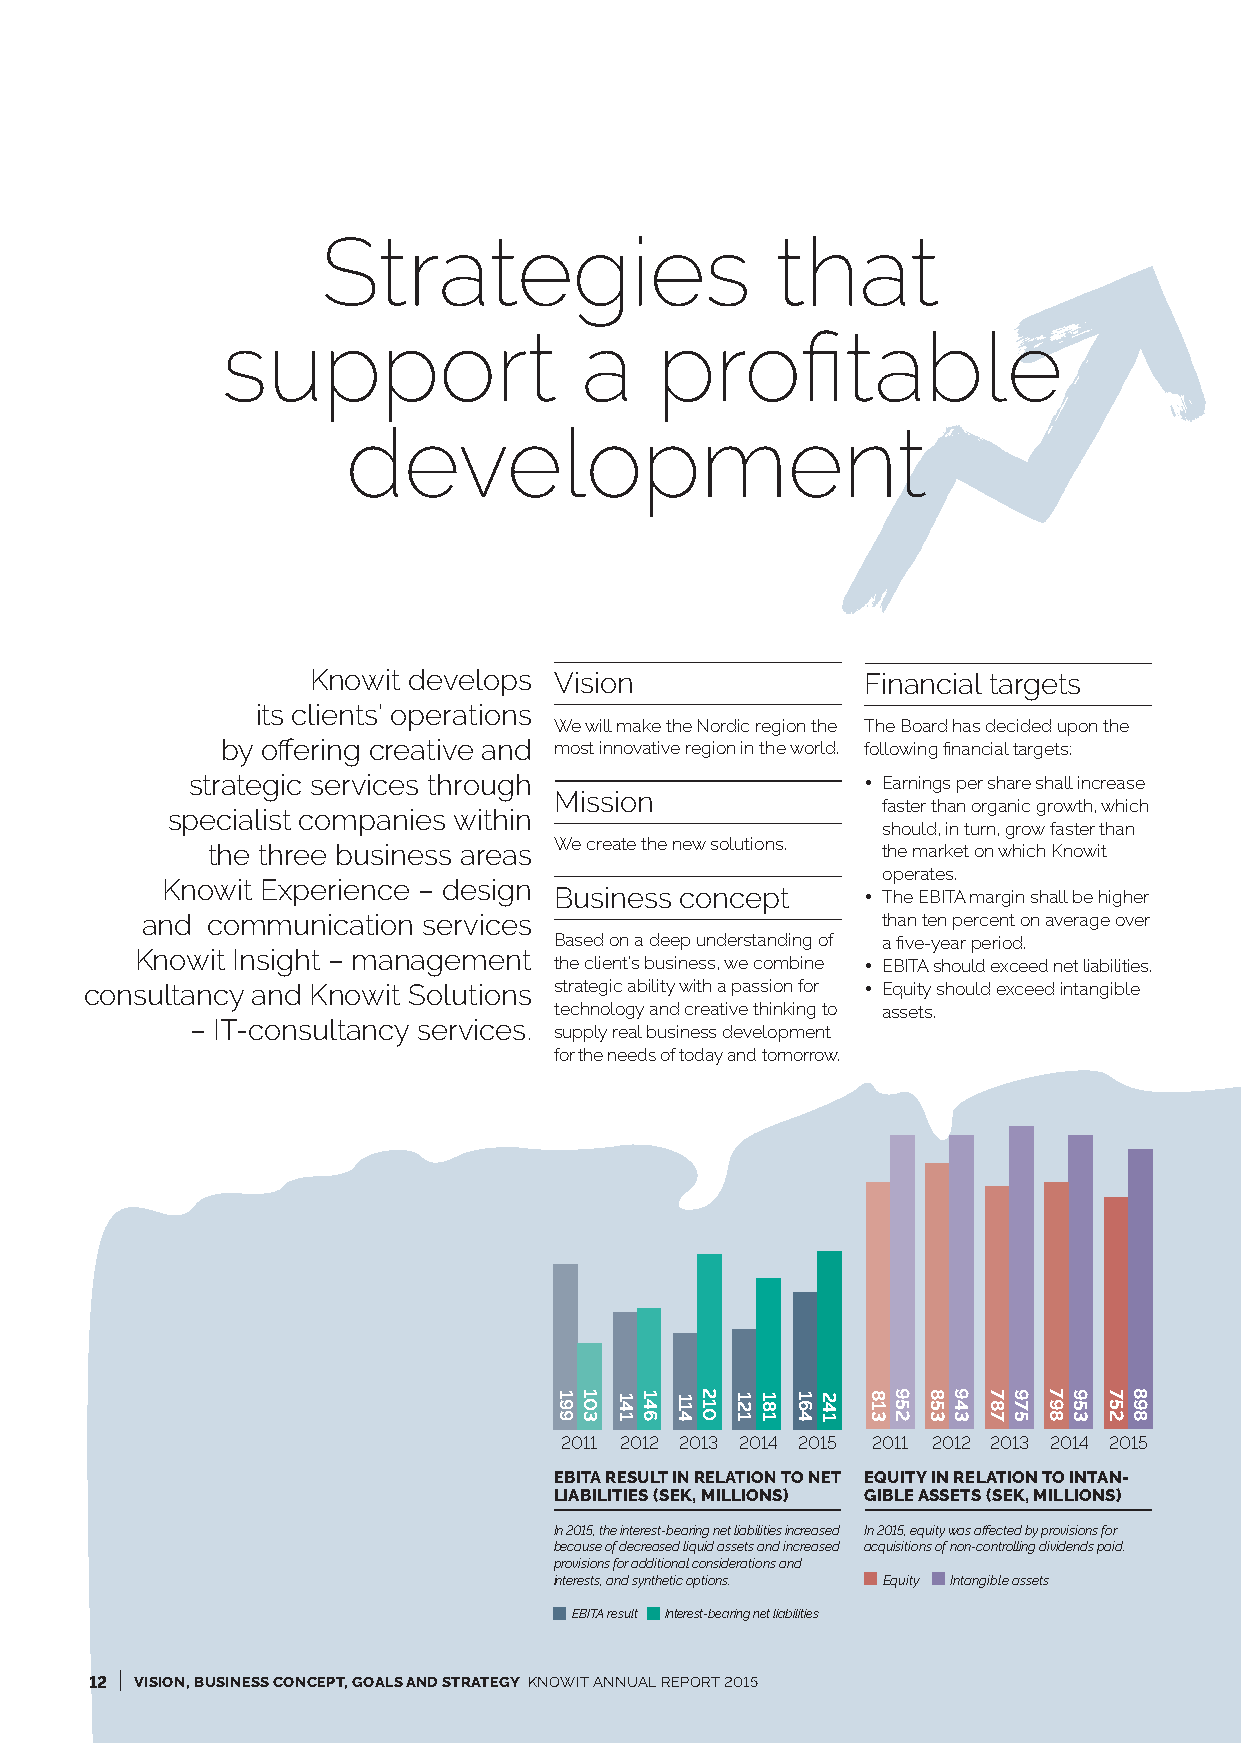
Strategies                    that
 support                a    profitable
 development
 Knowit develops Vision              Financial targets
 its clients’ operations
 We will make the Nordic region the The Board has decided upon the
 by offering creative and most innovative region in the world. following financial targets:
 strategic services through                   • Earnings per share shall increase
 Mission
 faster than organic growth, which
 specialist companies within
 should, in turn, grow faster than
 the three business areas We create the new solutions. the market on which Knowit
 operates.
 Knowit Experience – design
 Business concept    • The EBITA margin shall be higher
 and  communication services                      than ten percent on average over
 Based on a deep understanding of a five-year period.
 Knowit Insight – management
 the client’s business, we combine • EBITA should exceed net liabilities.
 consultancy and Knowit Solutions strategic ability with a passion for • Equity should exceed intangible
 technology and creative thinking to assets.
 – IT-consultancy services.
 supply real business development
 for the needs of today and tomorrow.
 2011 2012 2013 2014 2015 2011 2012 2013 2014 2015
 EBITA RESULT IN RELATION TO NET EQUITY IN RELATION TO INTAN-
 LIABILITIES (SEK, MILLIONS) GIBLE ASSETS (SEK, MILLIONS)
 In 2015, the interest-bearing net liabilities increased In 2015, equity was affected by provisions for
 because of decreased liquid assets and increased acquisitions of non-controlling dividends paid.
 provisions for additional considerations and
 interests, and synthetic options. Equity Intangible assets
 EBITA result Interest-bearing net liabilities
 I
 12 VISION, BUSINESS CONCEPT, GOALS AND STRATEGY KNOWIT ANNUAL REPORT 2015
 199 103 141 146 114 210 121 181 164 241 813 952 853 943 787 975 798 953 752 898